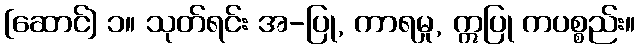
[ဆောင်] ၁။ သုတ်ရင်း အ-ပြု, ကာရမှု, ဣပြု ကပစ္စည်း။